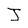
Character: J